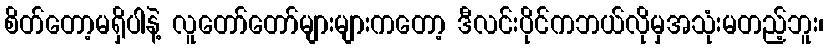
စိတ်တော့မရှိပါနဲ့ လူတော်တော်များများကတော့ ဒီလင်းပိုင်ကဘယ်လိုမှအသုံးမတည့်ဘူး၊